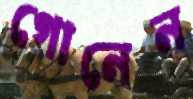
গোনেন